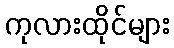
ကုလားထိုင်များ